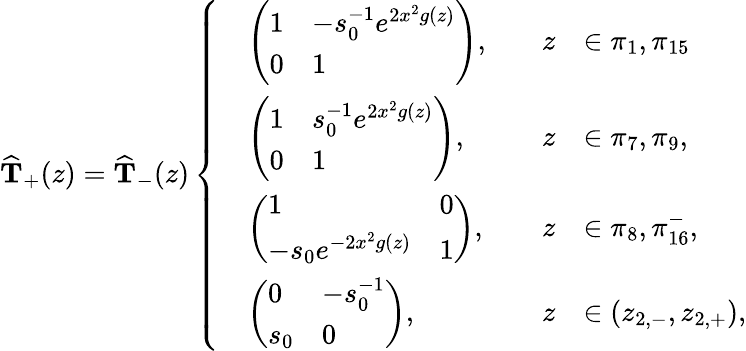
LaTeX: \widehat{\mathbf{T}}_{+}(z)=\widehat{\mathbf{T}}_{-}(z)\left\{ \begin{array}{rlrl}&{\left(\begin{array}{ll}{1}&{-s_{0}^{-1}e^{2x^{2}g(z)}}\\ {0}&{1}\end{array}\right),\quad}&{z}&{\in\pi_{1},\pi_{15}}\\ &{\left(\begin{array}{ll}{1}&{s_{0}^{-1}e^{2x^{2}g(z)}}\\ {0}&{1}\end{array}\right),\quad}&{z}&{\in\pi_{7},\pi_{9},}\\ &{\left(\begin{array}{ll}{1}&{0}\\ {-s_{0}e^{-2x^{2}g(z)}}&{1}\end{array}\right),\quad}&{z}&{\in\pi_{8},\pi_{16}^{-},}\\ &{\left(\begin{array}{ll}{0}&{-s_{0}^{-1}}\\ {s_{0}}&{0}\end{array}\right),\quad}&{z}&{\in(z_{2,-},z_{2,+}),}\end{array}\right.